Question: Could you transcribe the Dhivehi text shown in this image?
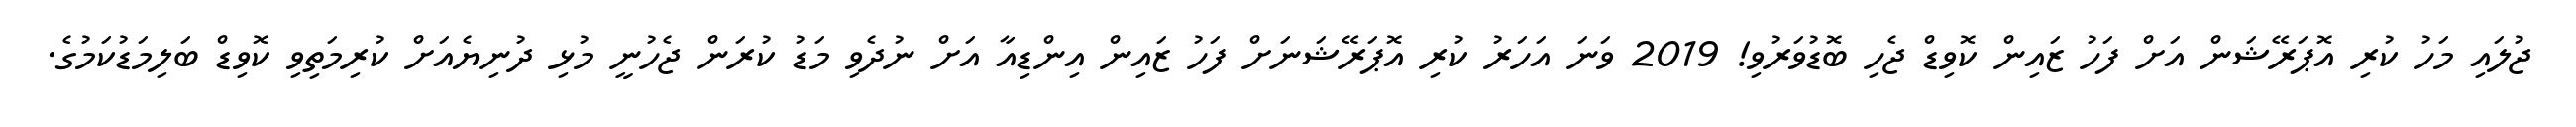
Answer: ޖުލައި މަހު ކުރި އޮޕަރޭޝަން އަށް ފަހު ޒައިން ކޮވިޑް ޖެހި ބޮޑުވަރުވި! 2019 ވަނަ އަހަރު ކުރި އޮޕަރޭޝަނަށް ފަހު ޒައިން އިންޑިއާ އަށް ނުދެވި މަޑު ކުރަން ޖެހުނީ މުޅި ދުނިޔެއަށް ކުރިމަތިވި ކޮވިޑް ބަލިމަޑުކަމުގެ.